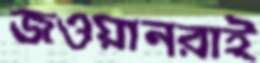
জওয়ানরাই